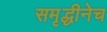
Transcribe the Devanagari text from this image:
समृद्धीनेच